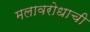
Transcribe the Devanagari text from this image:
मलावरोधाची